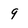
Character: 9